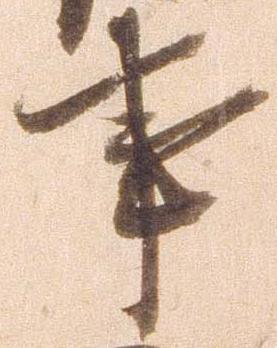
事